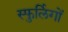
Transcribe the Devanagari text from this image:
स्फुर्लिगों